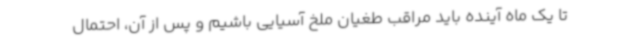
تا یک ماه آینده باید مراقب طغیان ملخ آسیایی باشیم و پس از آن، احتمال